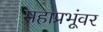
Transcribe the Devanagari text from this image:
महाप्रभूंवर